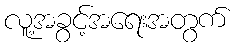
လူ့အခွင့်အရေးအတွက်